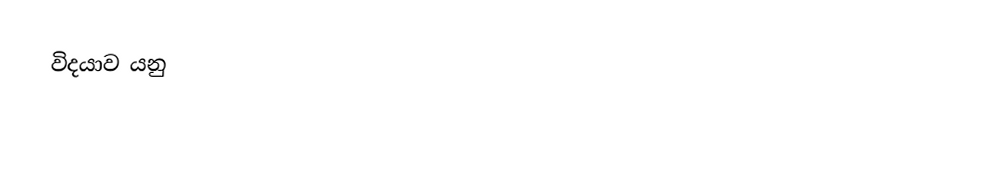
විදයාව යනු